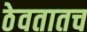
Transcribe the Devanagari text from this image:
ठेवतातच